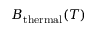
B _ { \mathrm { t h e r m a l } } ( T )